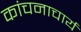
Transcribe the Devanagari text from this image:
कांचनाचार्य